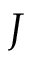
J